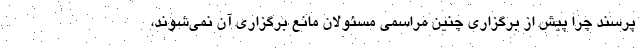
پرسند چرا پیش از برگزاری چنین مراسمی مسئولان مانع برگزاری آن نمی‌شوند،